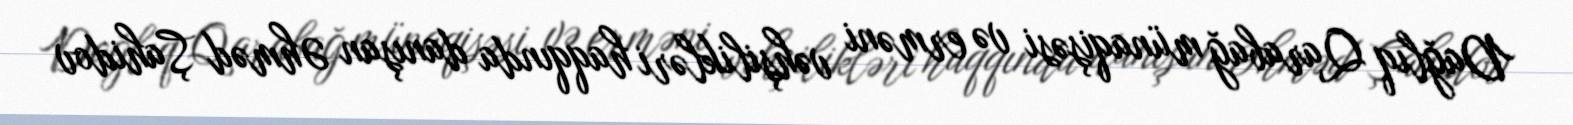
Dağlıq Qarabağ münaqişəsi və erməni vəhşilikləri haqqında danışan Əhməd Şahidov